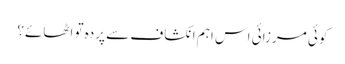
کوئی مرزائی اس اہم انکشاف سے پردہ تو اٹھائے؟